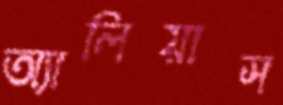
অ্যালিয়াস